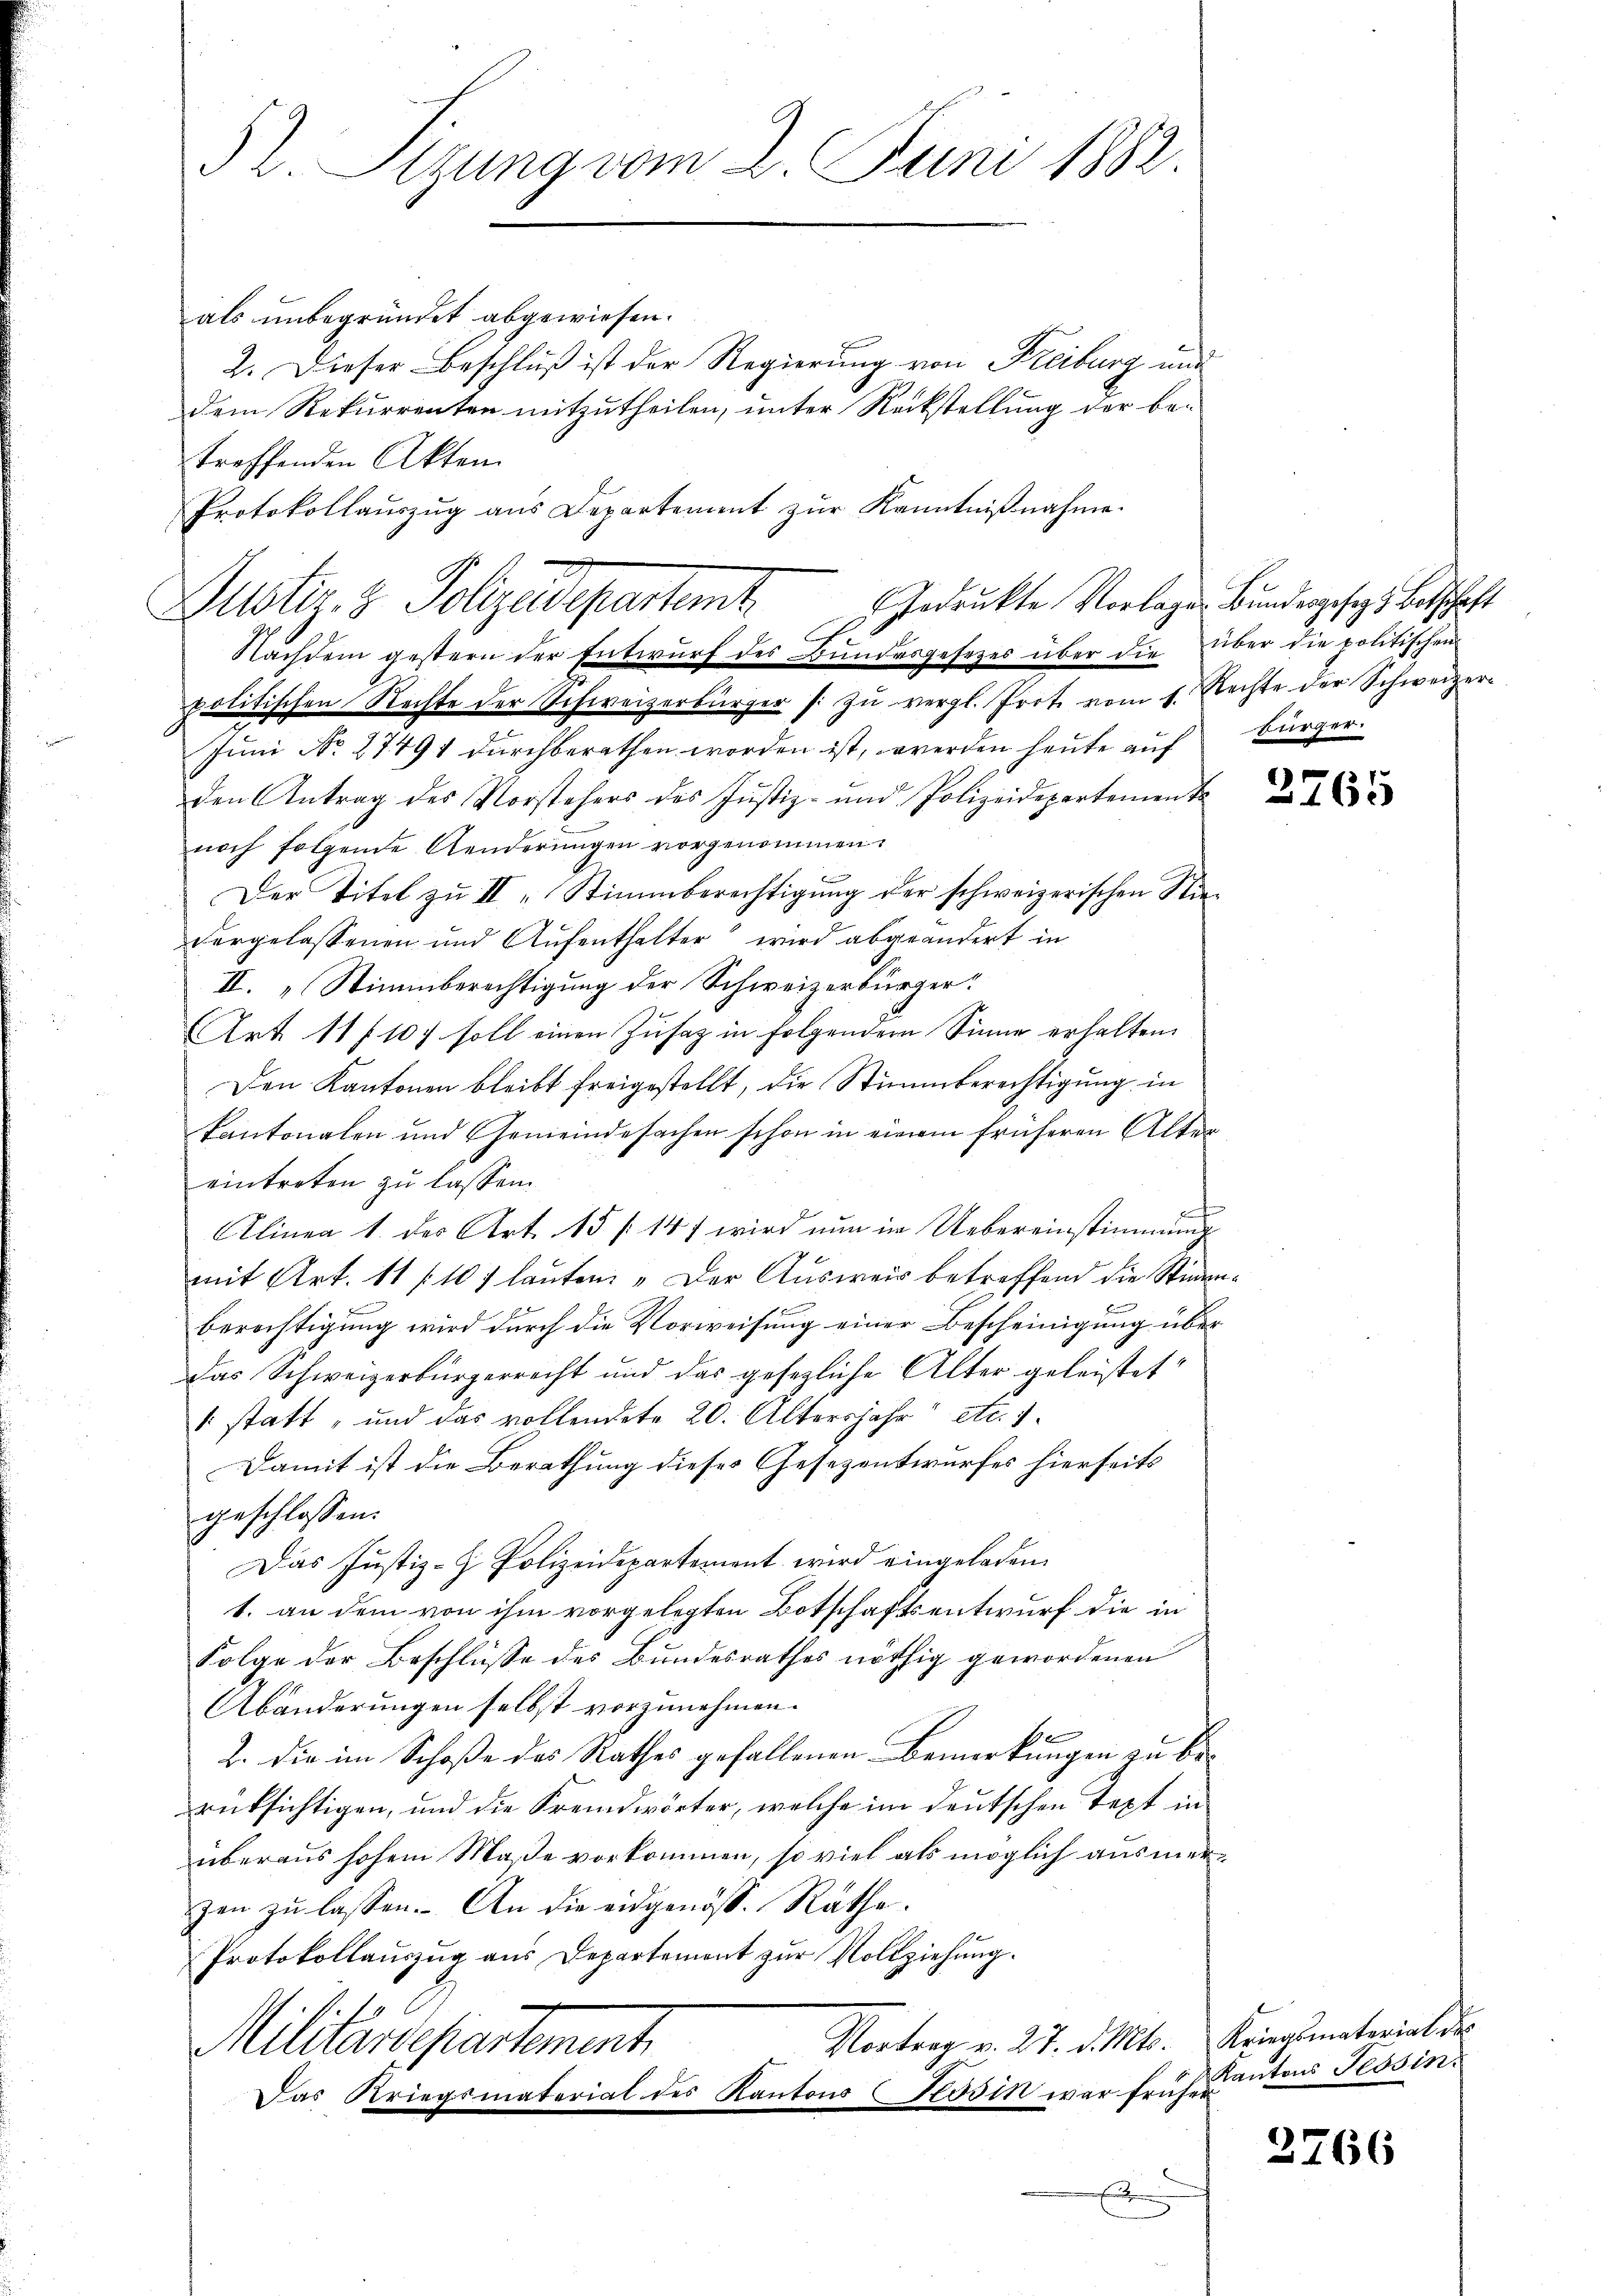
32. Sizung vom 2. Juni 1882.

als unbegründet abgewiesen.
2. Dieser Beschluß ist der Regierung von Freiburg und
dem Rekurrenten mitzutheilen, unter Rückstellung der be-
treffenden Akten
Protokollaŭszŭg ans Departement zŭr Kenntniβnahme.

gedrukte Vorlagen Bundesgesezt Botschaft
Muster 3. Folgendepartent

Nachdem gestern der Entwurf des Bundesgesezes über die über die politischen
politischen Rechte der Schweizerbürger (: zu vergl. Prote vom 1. Rechte der Schweizer¬
Juni No 27491 durchberathen worden ist, werden heute auf
den Antrag des Vorstehers des Justiz- und Polizeidepartement
noch folgende Aenderungen vorgenommen.
Der Titel zu II Stimmberechtigung der schweizerischen Niedergelassenen und Aufenthalter wird abgeändert in
II. „Stimmberechtigung der Schweizerbürger
Art. 11 f. 107 soll einen Zusatz in folgendem Sinne erhalten.
Den Kantonen bleibt freigestellt, die Stimmberechtigung in
kantonalen und Gemeindesachen schon in einem früheren Alter
eintreten zu lassen.
l
Alinen 1. der Art. 15 f 147 wird nun im Uebereinstimmung
mit Art. 11 f 107 lauten: „Der Ausweis betreffend die Stimmen¬
Berechtigung wird durch die Vorweisung einer Bescheinigung über
Das Schweizerbürgerrecht und der gesezliche Alter geleistet
1 statt, und das vollendete 20. Altersjahr etc. 1
Damit ist die Berathung dieses Gesezentwurfes hierseits
geschlossen:
Das Justiz- Polizeidepartement wird eingeladen.
1. an dem von ihm vorgelegten Botschaftsentwurf die in
Folge der Beschlüsse des Bundesrathes nöthig gewordenen
Abänderungen selbst vorzunehmen.
2. die im Schoße des Rathes gefallenen Bemerkungen zu be-
rüksichtigen, und die Fremdwörter, welche im deutschen Text in
überaus hohem Maße vorkommen, so viel als möglich ausmerzen zu lassen. An die eidgenöss. Räthe.
Protokollauszug aus Departement zur Vollziehung.
Vortrag v. 27. d. Mts. Kriegsmaterial der
Militarischartement
Das Kriegsmaterial des Kantons Kösin war früher
.

bürger.

2765

Kantons Tessin.

2766